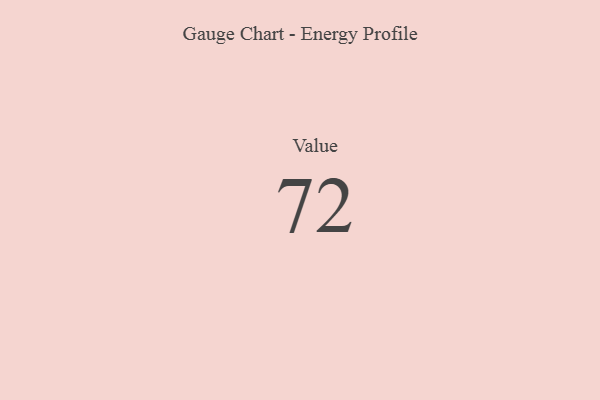
{"axis": {"x": "Metric", "y": "Value"}, "legend": [""], "data": [{"x": "Value", "y": 72, "type": ""}]}